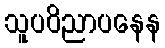
သူပဝိညာပနေန